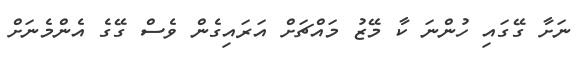
ނަށާ ގޭގައި ހުންނަ ކާ މޭޒު މައްޗަށް އަރައިގެން ވެސް ގޭގެ އެންމެނަށް